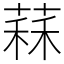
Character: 䔉